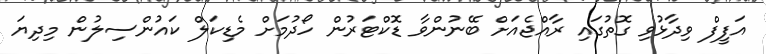
އަފީފް ވިދާޅުވި ގޮތުގައި ރާއްޖެއަށް ބޭނުންވާ ޑޮކްޓަރުން ހޯދުމަށް މެޑިކަލް ކައުންސިލުން މިދިޔަ